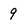
Character: 9